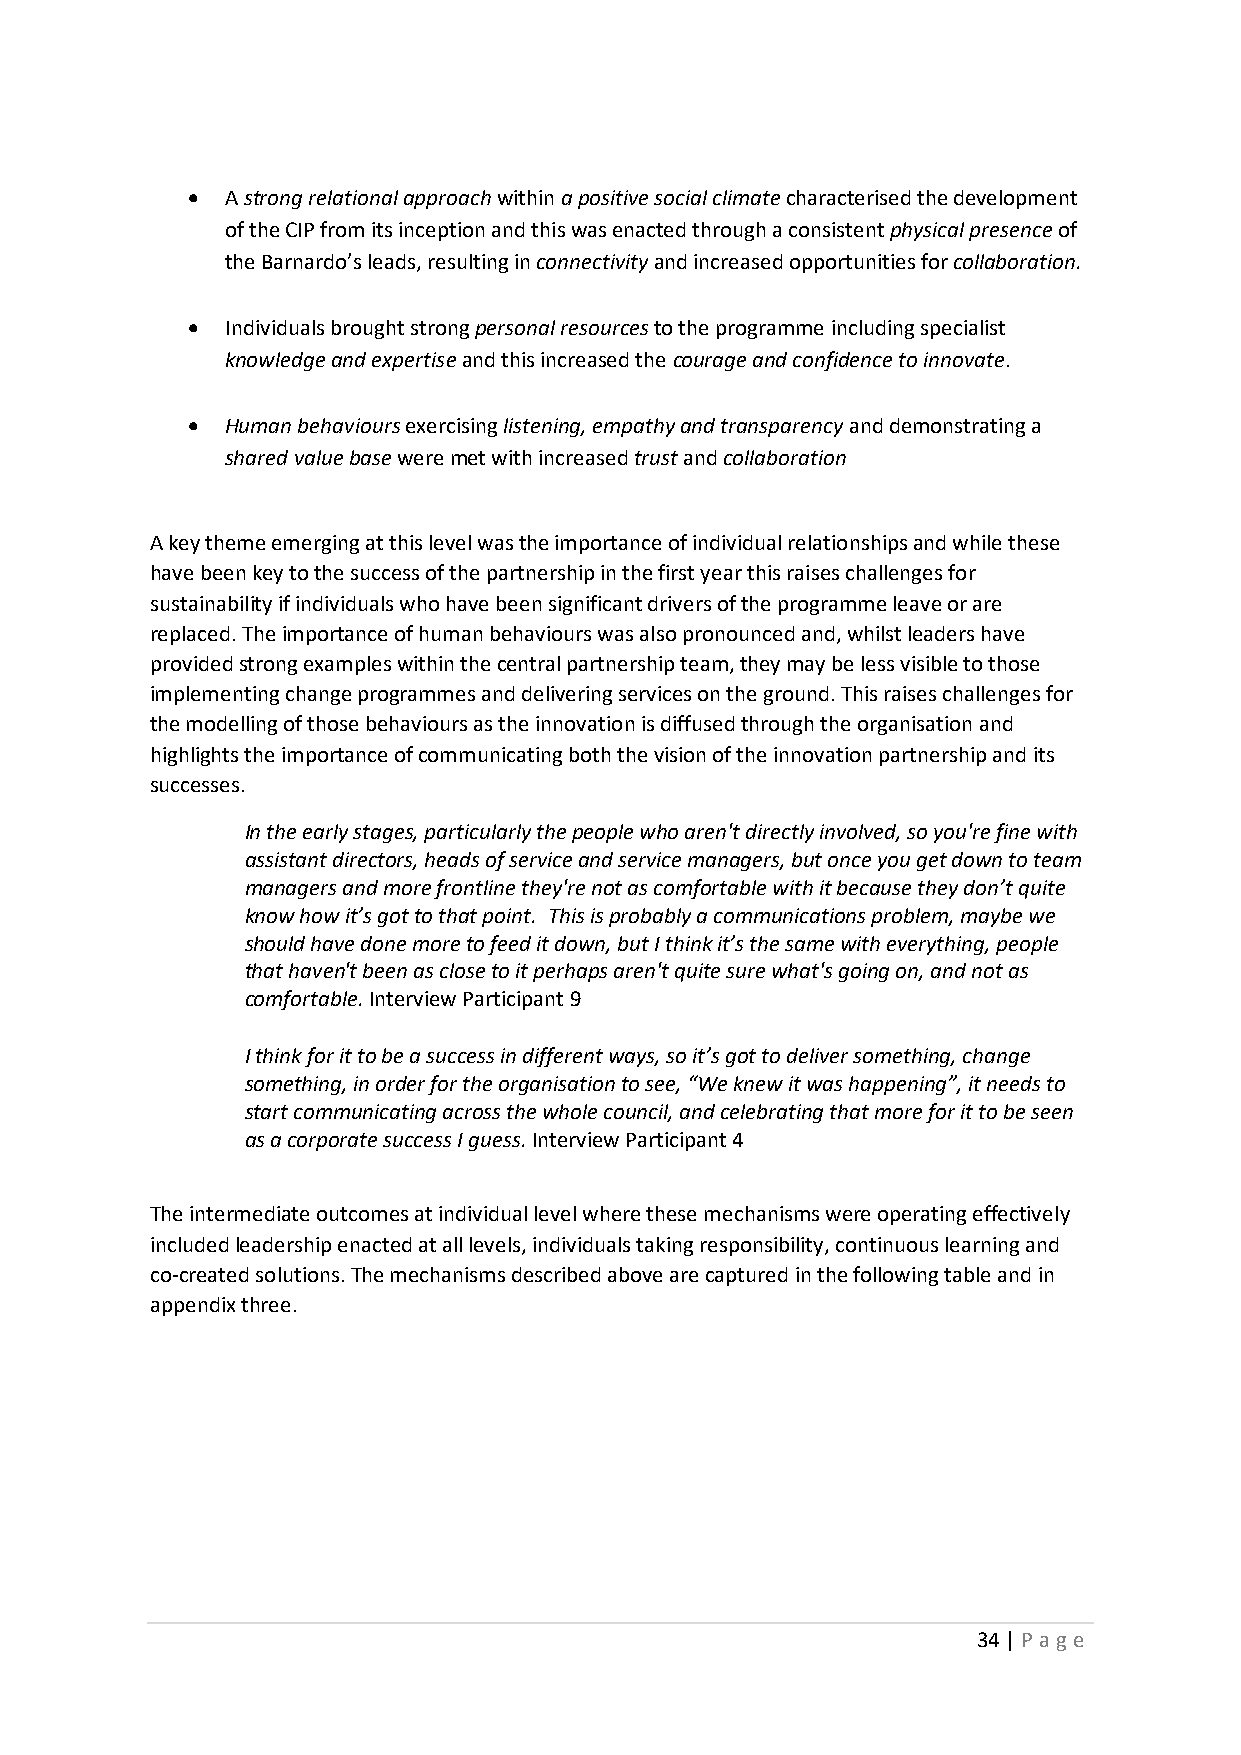
•  A strong relational approach within a positive social climate characterised the development
 of the CIP from its inception and this was enacted through a consistent physical presence of
 the Barnardo’s leads, resulting in connectivity and increased opportunities for collaboration.
 •  Individuals brought strong personal resources to the programme including specialist
 knowledge and expertise and this increased the courage and confidence to innovate.
 •  Human behaviours exercising listening, empathy and transparency and demonstrating a
 shared value base were met with increased trust and collaboration
 A key theme emerging at this level was the importance of individual relationships and while these
 have been key to the success of the partnership in the first year this raises challenges for
 sustainability if individuals who have been significant drivers of the programme leave or are
 replaced. The importance of human behaviours was also pronounced and, whilst leaders have
 provided strong examples within the central partnership team, they may be less visible to those
 implementing change programmes and delivering services on the ground. This raises challenges for
 the modelling of those behaviours as the innovation is diffused through the organisation and
 highlights the importance of communicating both the vision of the innovation partnership and its
 successes.
 In the early stages, particularly the people who aren't directly involved, so you're fine with
 assistant directors, heads of service and service managers, but once you get down to team
 managers and more frontline they're not as comfortable with it because they don’t quite
 know how it’s got to that point. This is probably a communications problem, maybe we
 should have done more to feed it down, but I think it’s the same with everything, people
 that haven't been as close to it perhaps aren't quite sure what's going on, and not as
 comfortable. Interview Participant 9
 I think for it to be a success in different ways, so it’s got to deliver something, change
 something, in order for the organisation to see, “We knew it was happening”, it needs to
 start communicating across the whole council, and celebrating that more for it to be seen
 as a corporate success I guess. Interview Participant 4
 The intermediate outcomes at individual level where these mechanisms were operating effectively
 included leadership enacted at all levels, individuals taking responsibility, continuous learning and
 co-created solutions. The mechanisms described above are captured in the following table and in
 appendix three.
 34 | P age